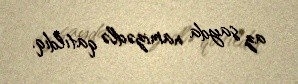
az sayda namizədlə qatıldıq.